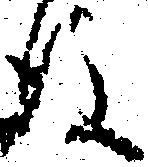
後